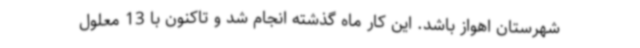
شهرستان اهواز باشد. این کار ماه گذشته انجام شد و تاکنون با 13 معلول